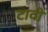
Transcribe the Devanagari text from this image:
टावी